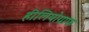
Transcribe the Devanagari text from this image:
हीलियोग्राफ